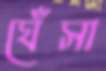
ঘেঁসা